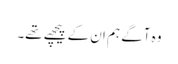
وہ آگے ہم ان کے پیچھے تھے۔